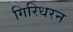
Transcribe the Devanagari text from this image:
गिरिधरन